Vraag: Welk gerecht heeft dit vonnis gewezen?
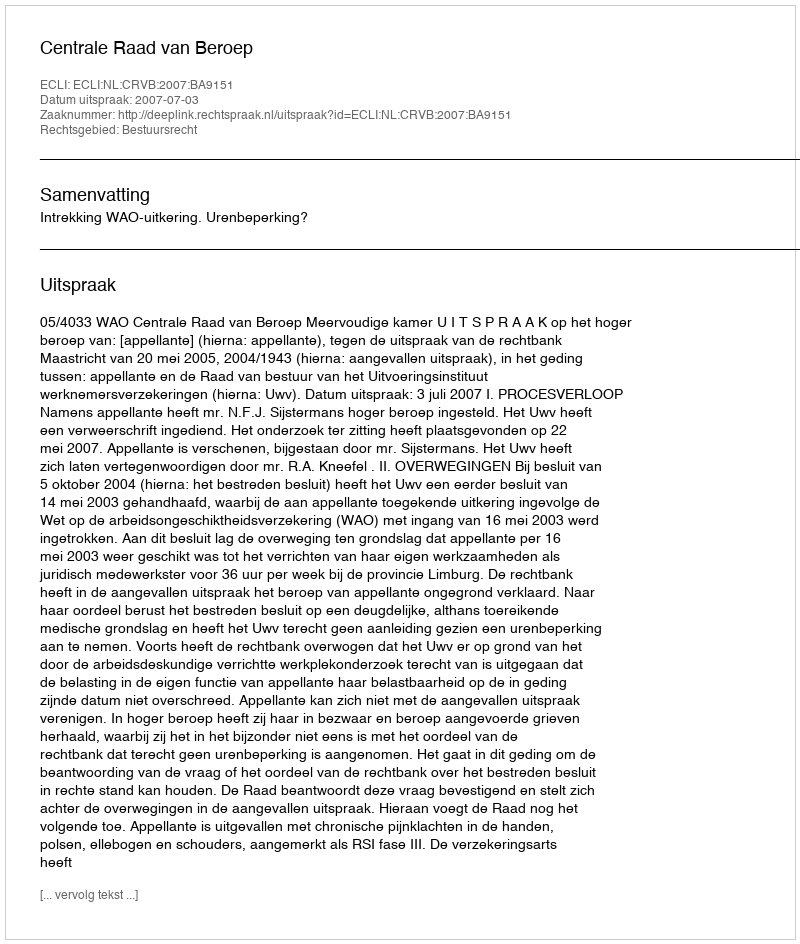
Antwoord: Centrale Raad van Beroep